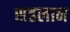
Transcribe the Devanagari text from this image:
सहलान